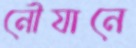
নৌযানে